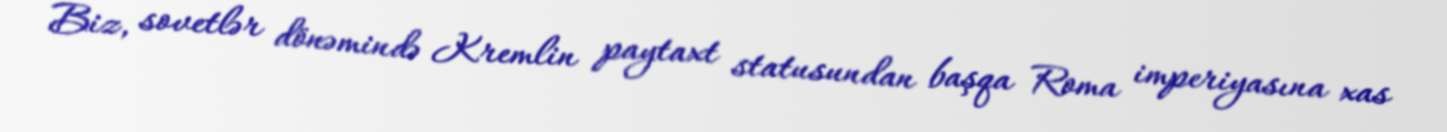
Biz, sovetlər dönəmində Kremlin paytaxt statusundan başqa Roma imperiyasına xas